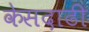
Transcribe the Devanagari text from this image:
केसदाढी